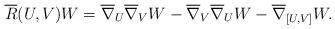
LaTeX: \begin{align*}\overline{R}(U,V)W={\overline{\nabla}}_{U}{\overline{\nabla}}_{V}W-{\overline{\nabla}}_{V}{\overline{\nabla}}_{U}W-{\overline{\nabla}}_{[U,V]}W. \end{align*}